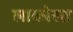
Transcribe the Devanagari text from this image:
लाकोस्त